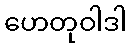
ဟေတုဝါဒါ